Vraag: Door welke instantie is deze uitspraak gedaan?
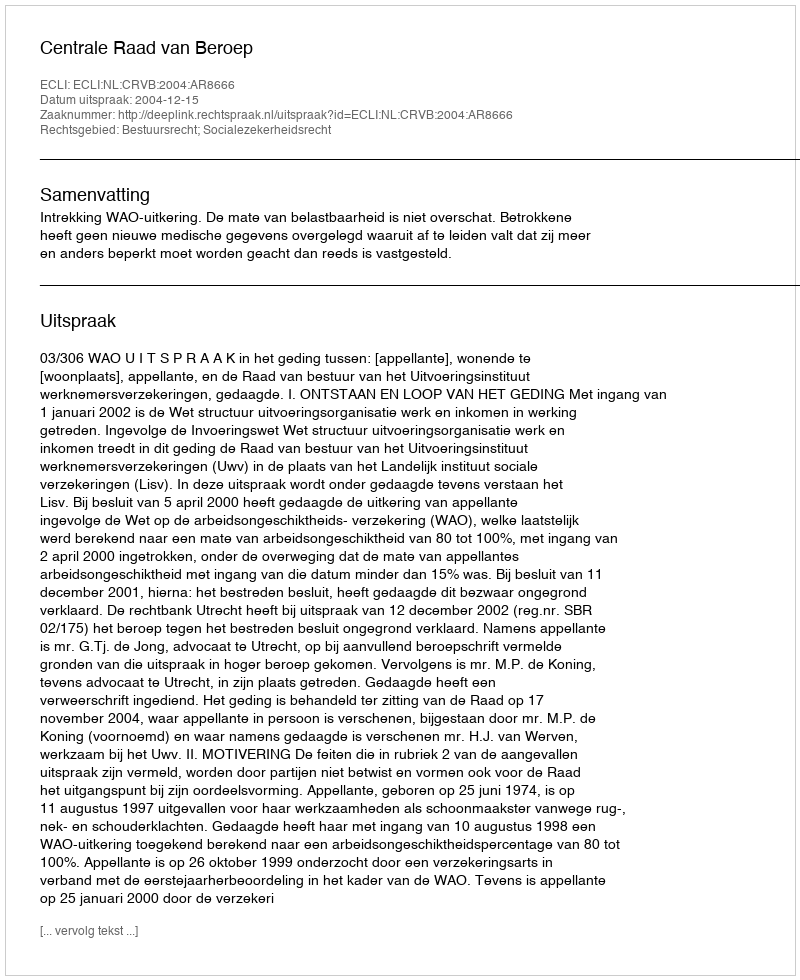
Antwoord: Centrale Raad van Beroep